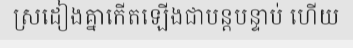
ស្រដៀងគ្នាកើតឡើងជាបន្តបន្ទាប់ ហើយ